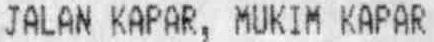
JALAN KAPAR, MUKIM KAPAR